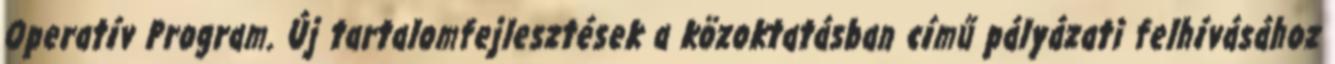
Operatív Program. Új tartalomfejlesztések a közoktatásban című pályázati felhívásához